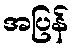
အပြန်